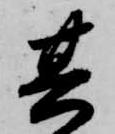
其